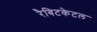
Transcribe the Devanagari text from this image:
रैबिटकेटल